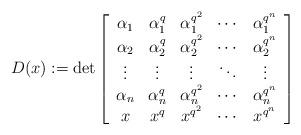
LaTeX: \begin{align*}D(x):=\det \left[ \begin{array}{ccccc} \alpha_1&\alpha_1^q&\alpha_1^{q^2}&\cdots&\alpha_1^{q^{n}}\\ \alpha_2&\alpha_2^q&\alpha_2^{q^2}&\cdots&\alpha_2^{q^{n}}\\ \vdots&\vdots&\vdots&\ddots&\vdots\\ \alpha_n&\alpha_n^q&\alpha_n^{q^2}&\cdots&\alpha_n^{q^{n}}\\ x&x^q&x^{q^2}&\cdots&x^{q^{n}}\\ \end{array} \right]\end{align*}